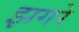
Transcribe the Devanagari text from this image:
झगरे